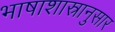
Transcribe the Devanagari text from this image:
भाषाशास्रानुसार